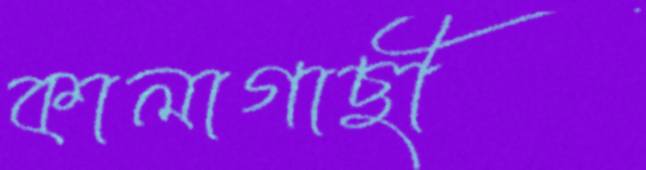
কালাগাছী